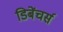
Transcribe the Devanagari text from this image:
डिबेंचर्स